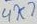
Text: 4K7